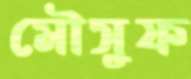
মৌসুফ